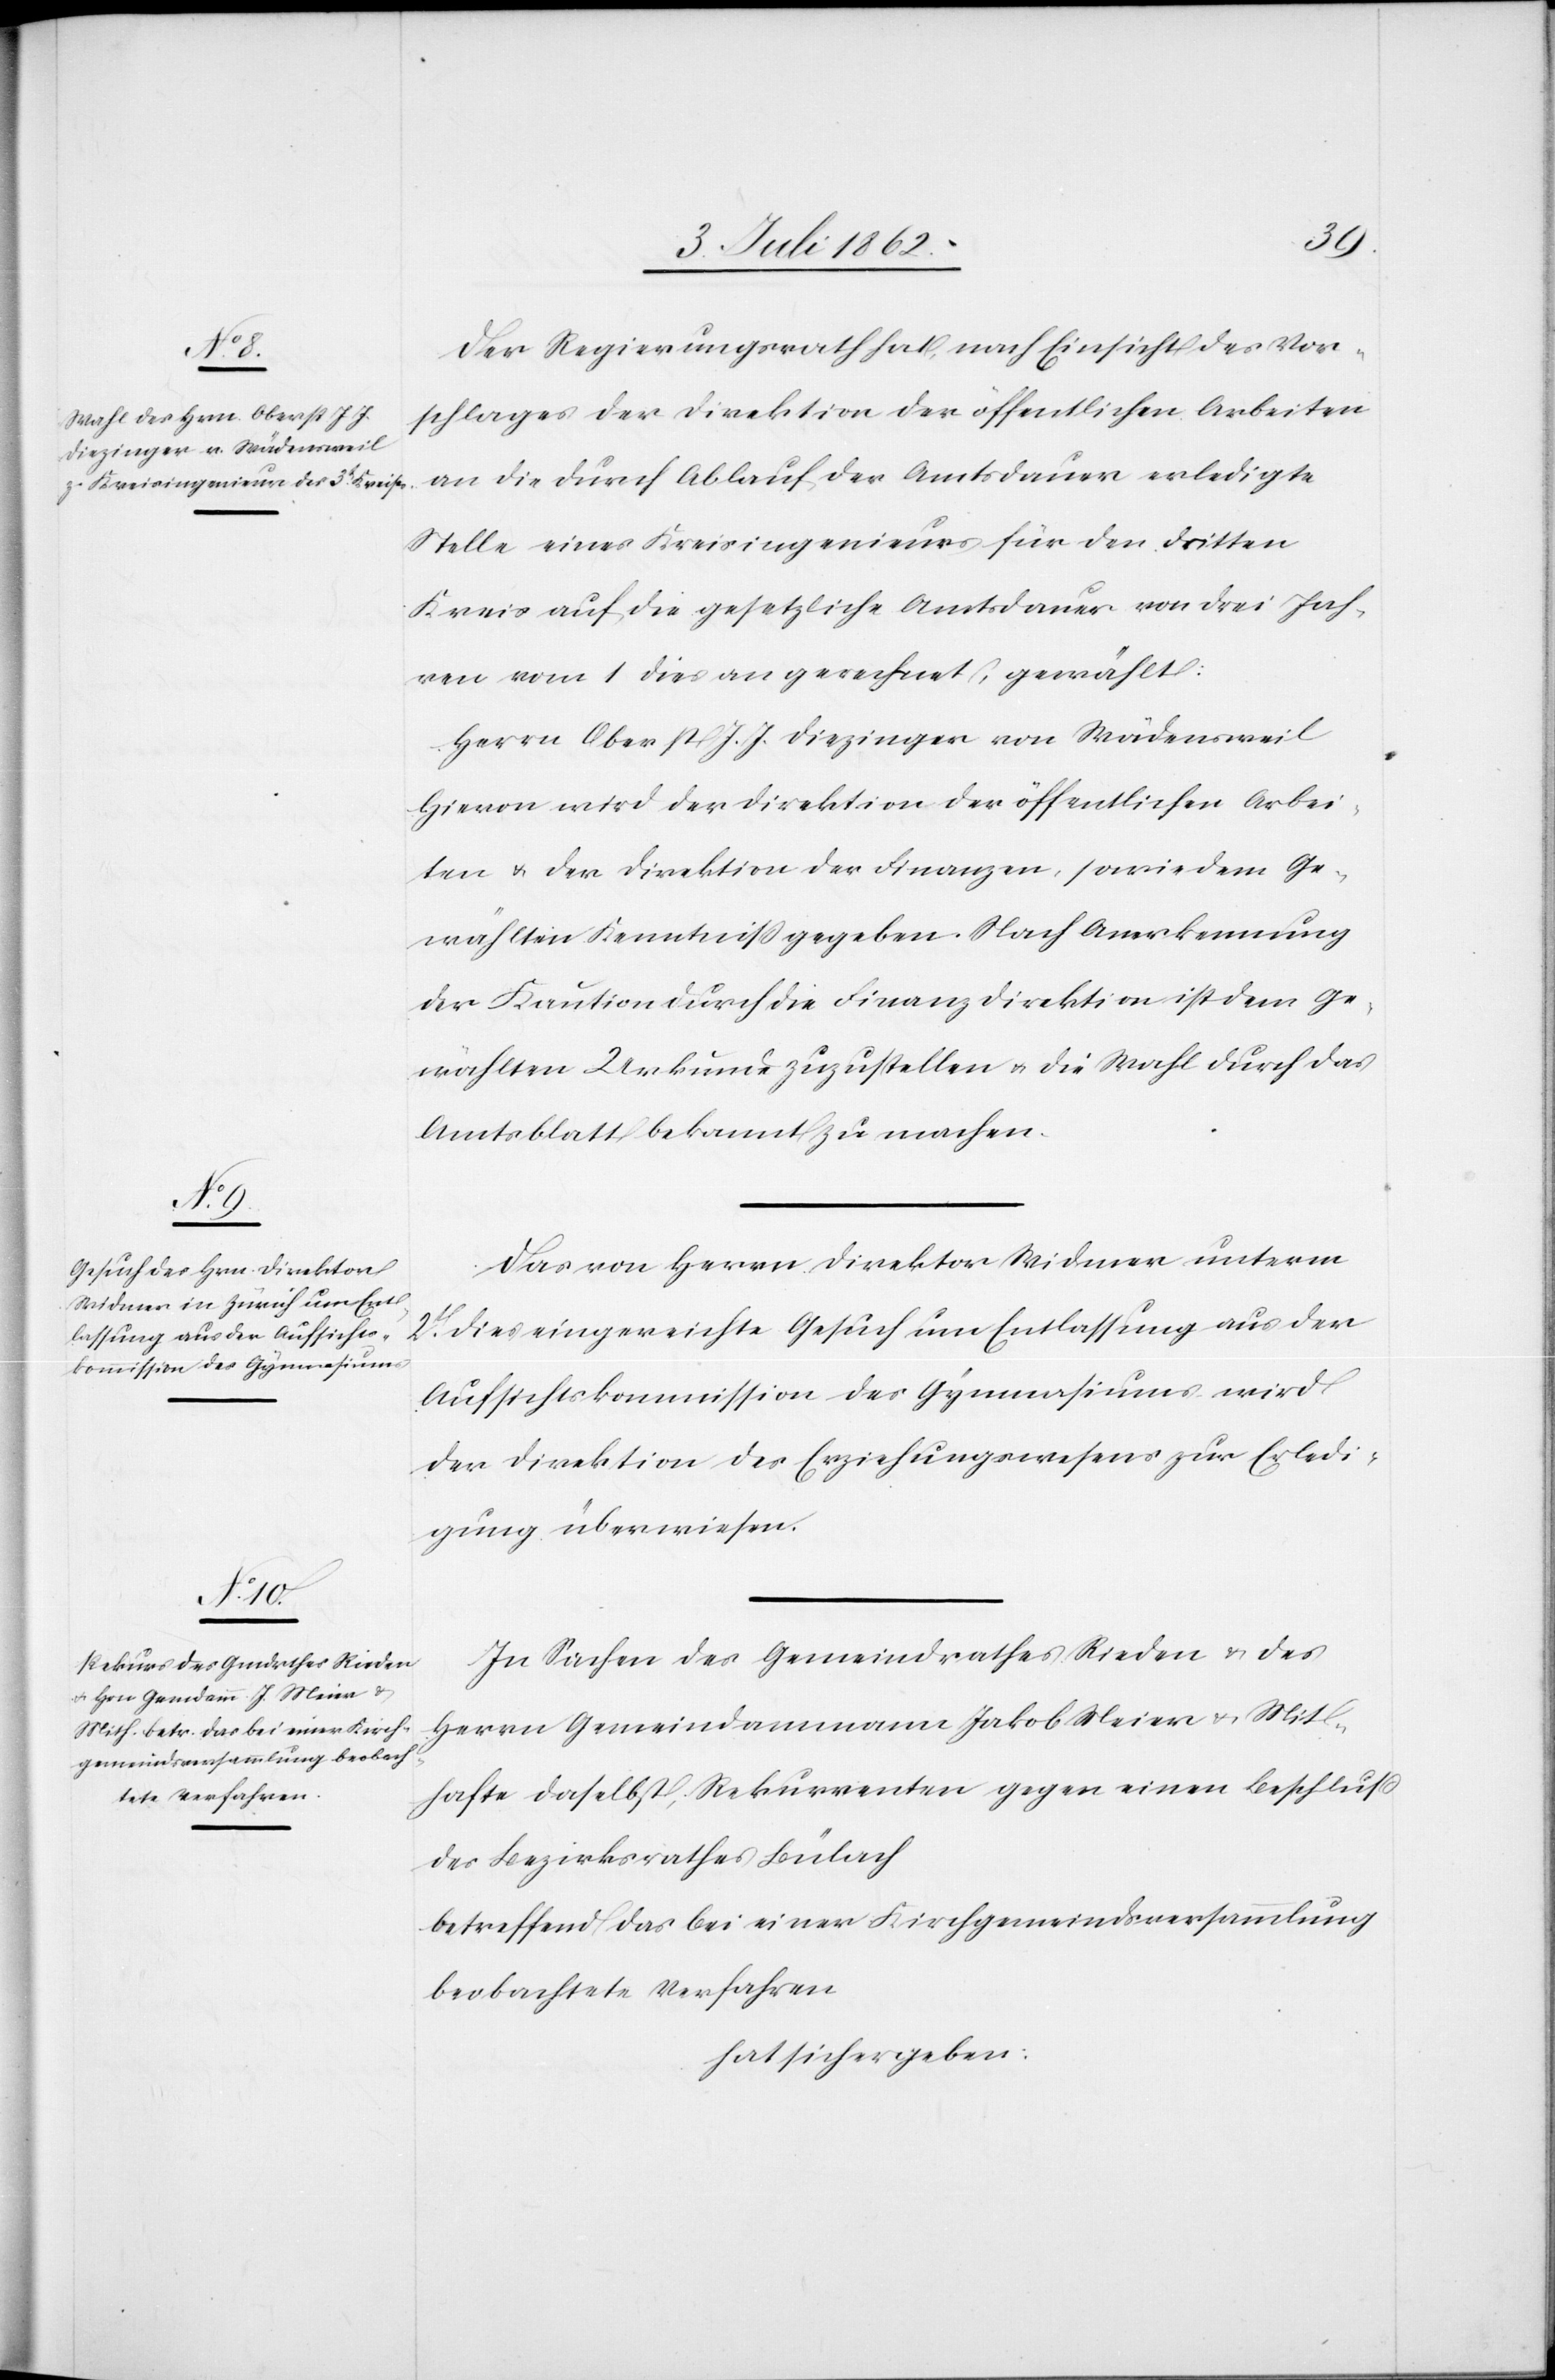
Der Regierungsrath hat, nach Einsicht des Vor¬
schlages der Direktion der öffentlichen Arbeiten
an die durch Ablauf der Amtsdauer erledigte
Stelle eines Kreisingenieurs für den dritten
Kreis auf die gesetzliche Amtsdauer von drei Jah¬
ren vom 1 dies an gerechnet, gewählt:
Herrn Oberst J. J. Diezinger von Wädensweil.
Hievon wird der Direktion der öffentlichen Arbei¬
ten u. der Direktion der Finanzen, sowie dem Ge¬
wählten Kenntniß gegeben. Nach Anerkennung
der Kaution durch die Finanzdirektion ist dem Ge¬
wählten Urkunde zuzustellen u. die Wahl durch das
Amtsblatt bekannt zu machen.
Das von Herrn Direktor Widmer unterm
2t. dies eingereichte Gesuch um Entlassung aus der
Aufsichtskommission des Gymnasiums wird
der Direktion des Erziehungswesens zur Erledi¬
gung überwiesen.
In Sachen des Gemeindrathes Rieden u. des
Herrn Gemeindammann Jakob Meier u. Mit¬
hafte daselbst, Rekurrenten gegen einen Beschluß
des Bezirksrathes Bülach
betreffend das bei einer Kirchgemeindsversammlung
beobachtete Verfahren
hat sich ergeben: